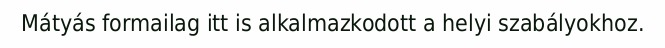
Mátyás formailag itt is alkalmazkodott a helyi szabályokhoz.